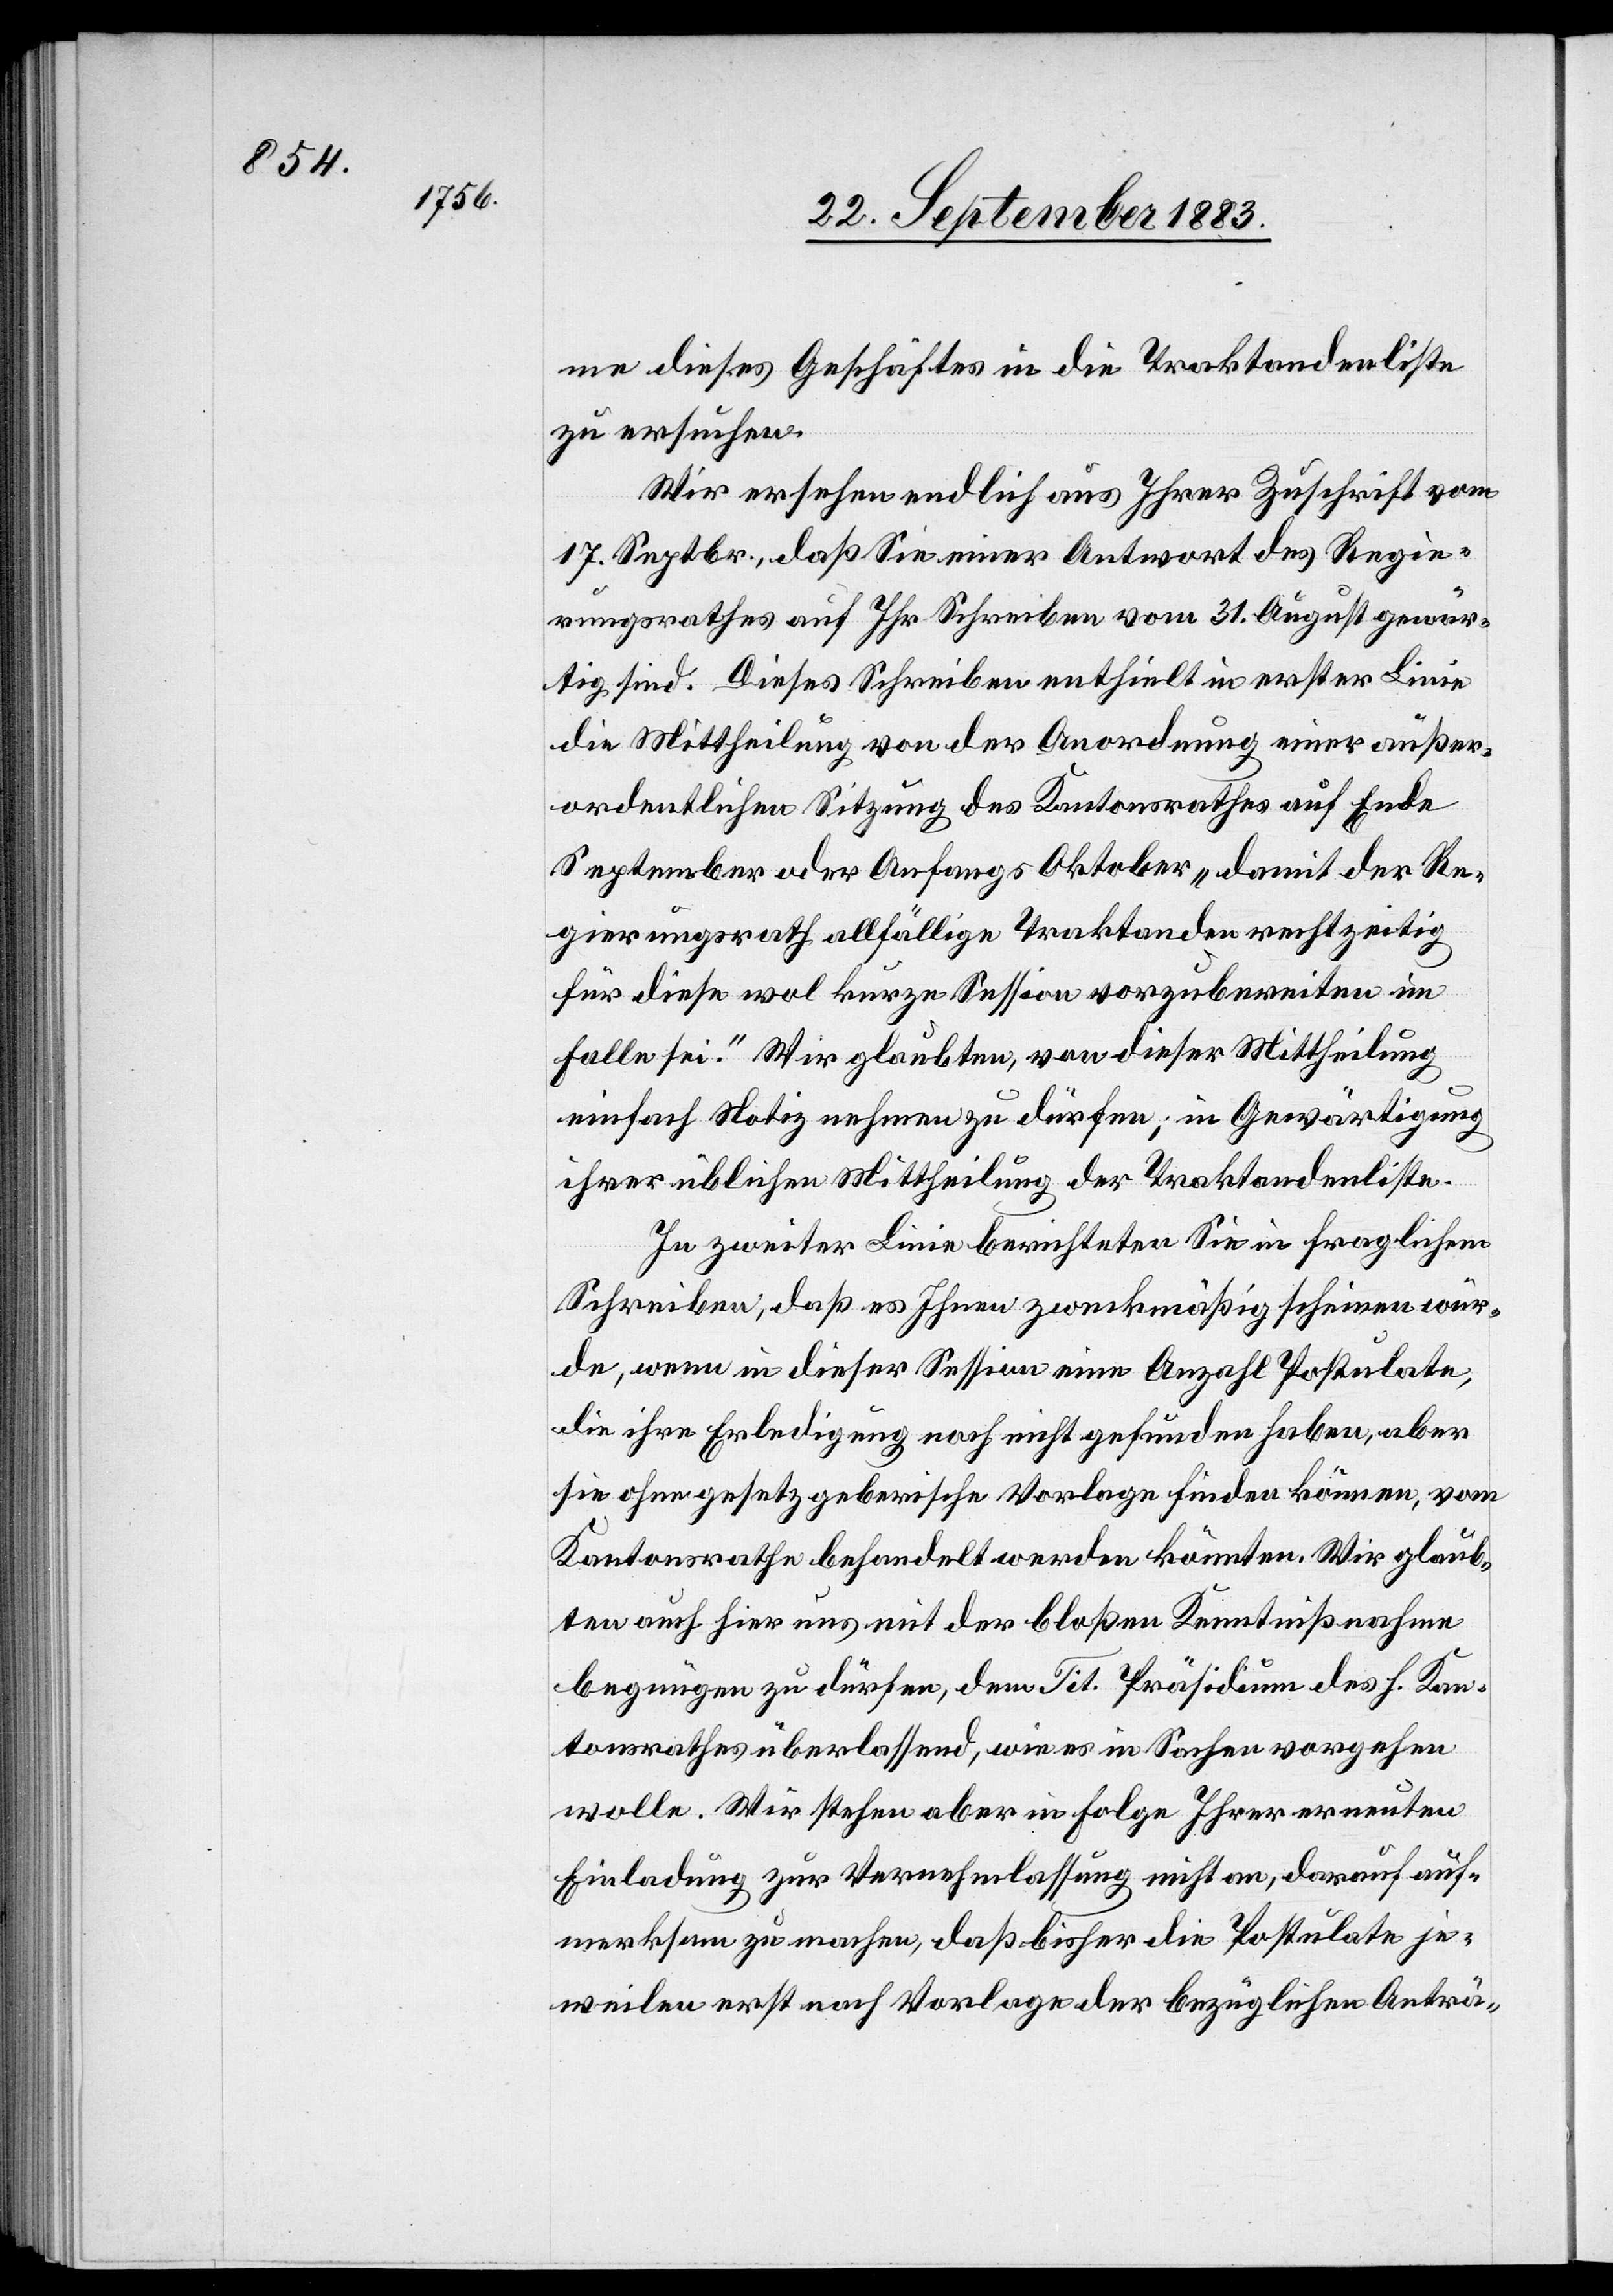
me dieses Geschäftes in die Traktandenliste
zu ersuchen.
Wir ersehen endlich aus Ihrer Zuschrift vom
17. Septbr., daß Sie einer Antwort des Regie¬
rungsrathes auf Ihr Schreiben vom 31. August gewär¬
tig sind. Dieses Schreiben enthielt in erster Linie
die Mittheilung von der Anordnung einer außer¬
ordentlichen Sitzung des Kantonsrathes auf Ende
September oder Anfangs Oktober „damit der Re¬
gierungsrath allfällige Traktanden rechtzeitig
für diese wol kurze Session vorzubereiten im
Falle sei.“ Wir glaubten, von dieser Mittheilung
einfach Notiz nehmen zu dürfen; in Gewärtigung
üblichen Mittheilung der Traktandenliste.
In zweiter Linie berichteten Sie in fraglichem
Schreiben, daß es Ihnen zweckmäßig scheinen wür¬
de, wenn in dieser Session eine Anzahl Postulate,
die ihre Erledigung noch nicht gefunden haben, aber
sie ohne gesetzgeberische Vorlage finden können, vom
Kantonsrathe behandelt werden könnten. Wir glaub¬
ten auch hier uns mit der bloßen Kenntnißnahme
begnügen zu dürfen, dem Tit. Präsidium des h. Kan¬
tonsrathes überlassend, wie es in Sachen vorgehen
wolle. Wir stehen aber in Folge Ihrer erneuten
Einladung zu Vernehmlassung nicht an, darauf auf¬
merksam zu machen, daß bisher die Postulate je¬
weilen erst nach Vorlage der bezüglichen Anträ-